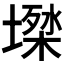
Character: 𡑙